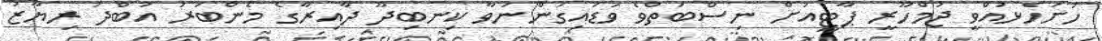
ހުށަހެޅުއްވީ ޖުމްހޫރީ ޕާޓީއަށް ނިސްބަތްވެ ވަޑައިގަންނަވާ ކިނބިދޫ ދާއިރާގެ މެންބަރު އަބްދު ރިޔާޒު